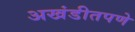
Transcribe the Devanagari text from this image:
अखंडीतपणे